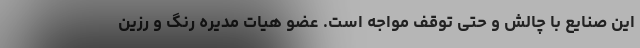
این صنایع با چالش و حتی توقف مواجه است. عضو هیات مدیره رنگ و رزین